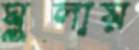
ঘুলায়